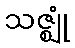
သဇ္ဈုံ